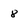
Character: 8